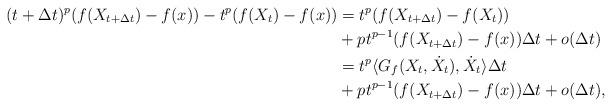
LaTeX: \begin{align*}(t+ \Delta t)^p( f(X_{t + \Delta t}) - f(x)) - t^p(f(X_t) - f(x)) &= t^p (f(X_{t + \Delta t}) - f(X_t))\\& + pt^{p-1}(f(X_{t+\Delta t}) - f(x))\Delta t + o(\Delta t)\\&= t^p \langle G_f(X_t, \dot X_t), \dot X_t\rangle \Delta t \\& + pt^{p-1}(f(X_{t+\Delta t}) - f(x))\Delta t + o(\Delta t),\end{align*}